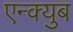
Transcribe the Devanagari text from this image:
एन्क्युब